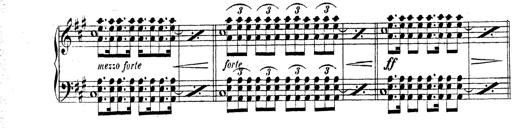
Title: Technische Studien
Composer: Franz Liszt